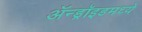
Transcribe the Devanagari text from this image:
ॲन्ड्रॉइडमध्ये